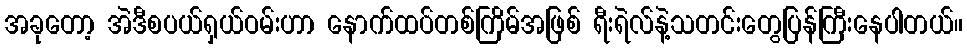
အခုတော့ အဲဒီစပယ်ရှယ်ဝမ်းဟာ နောက်ထပ်တစ်ကြိမ်အဖြစ် ရီးရဲလ်နဲ့သတင်းတွေပြန်ကြီးနေပါတယ်။